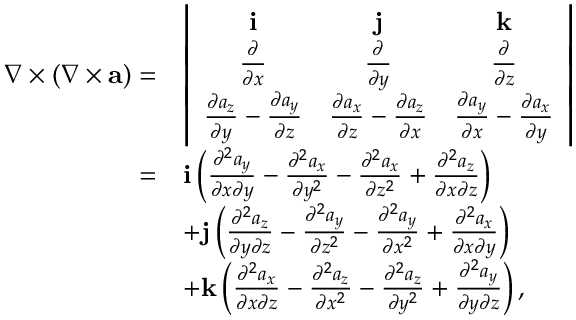
\begin{array} { r l } { \nabla \times ( \nabla \times { \mathbf a } ) = } & { \left| \begin{array} { c c c } { { \mathbf i } } & { { \mathbf j } } & { { \mathbf k } } \\ { \frac { \partial } { \partial x } } & { \frac { \partial } { \partial y } } & { \frac { \partial } { \partial z } } \\ { \frac { \partial a _ { z } } { \partial y } - \frac { \partial a _ { y } } { \partial z } } & { \frac { \partial a _ { x } } { \partial z } - \frac { \partial a _ { z } } { \partial x } } & { \frac { \partial a _ { y } } { \partial x } - \frac { \partial a _ { x } } { \partial y } } \end{array} \right| } \\ { = } & { { \mathbf i } \left( \frac { \partial ^ { 2 } a _ { y } } { \partial x \partial y } - \frac { \partial ^ { 2 } a _ { x } } { \partial y ^ { 2 } } - \frac { \partial ^ { 2 } a _ { x } } { \partial z ^ { 2 } } + \frac { \partial ^ { 2 } a _ { z } } { \partial x \partial z } \right) } \\ & { + { \mathbf j } \left( \frac { \partial ^ { 2 } a _ { z } } { \partial y \partial z } - \frac { \partial ^ { 2 } a _ { y } } { \partial z ^ { 2 } } - \frac { \partial ^ { 2 } a _ { y } } { \partial x ^ { 2 } } + \frac { \partial ^ { 2 } a _ { x } } { \partial x \partial y } \right) } \\ & { + { \mathbf k } \left( \frac { \partial ^ { 2 } a _ { x } } { \partial x \partial z } - \frac { \partial ^ { 2 } a _ { z } } { \partial x ^ { 2 } } - \frac { \partial ^ { 2 } a _ { z } } { \partial y ^ { 2 } } + \frac { \partial ^ { 2 } a _ { y } } { \partial y \partial z } \right) , } \end{array}